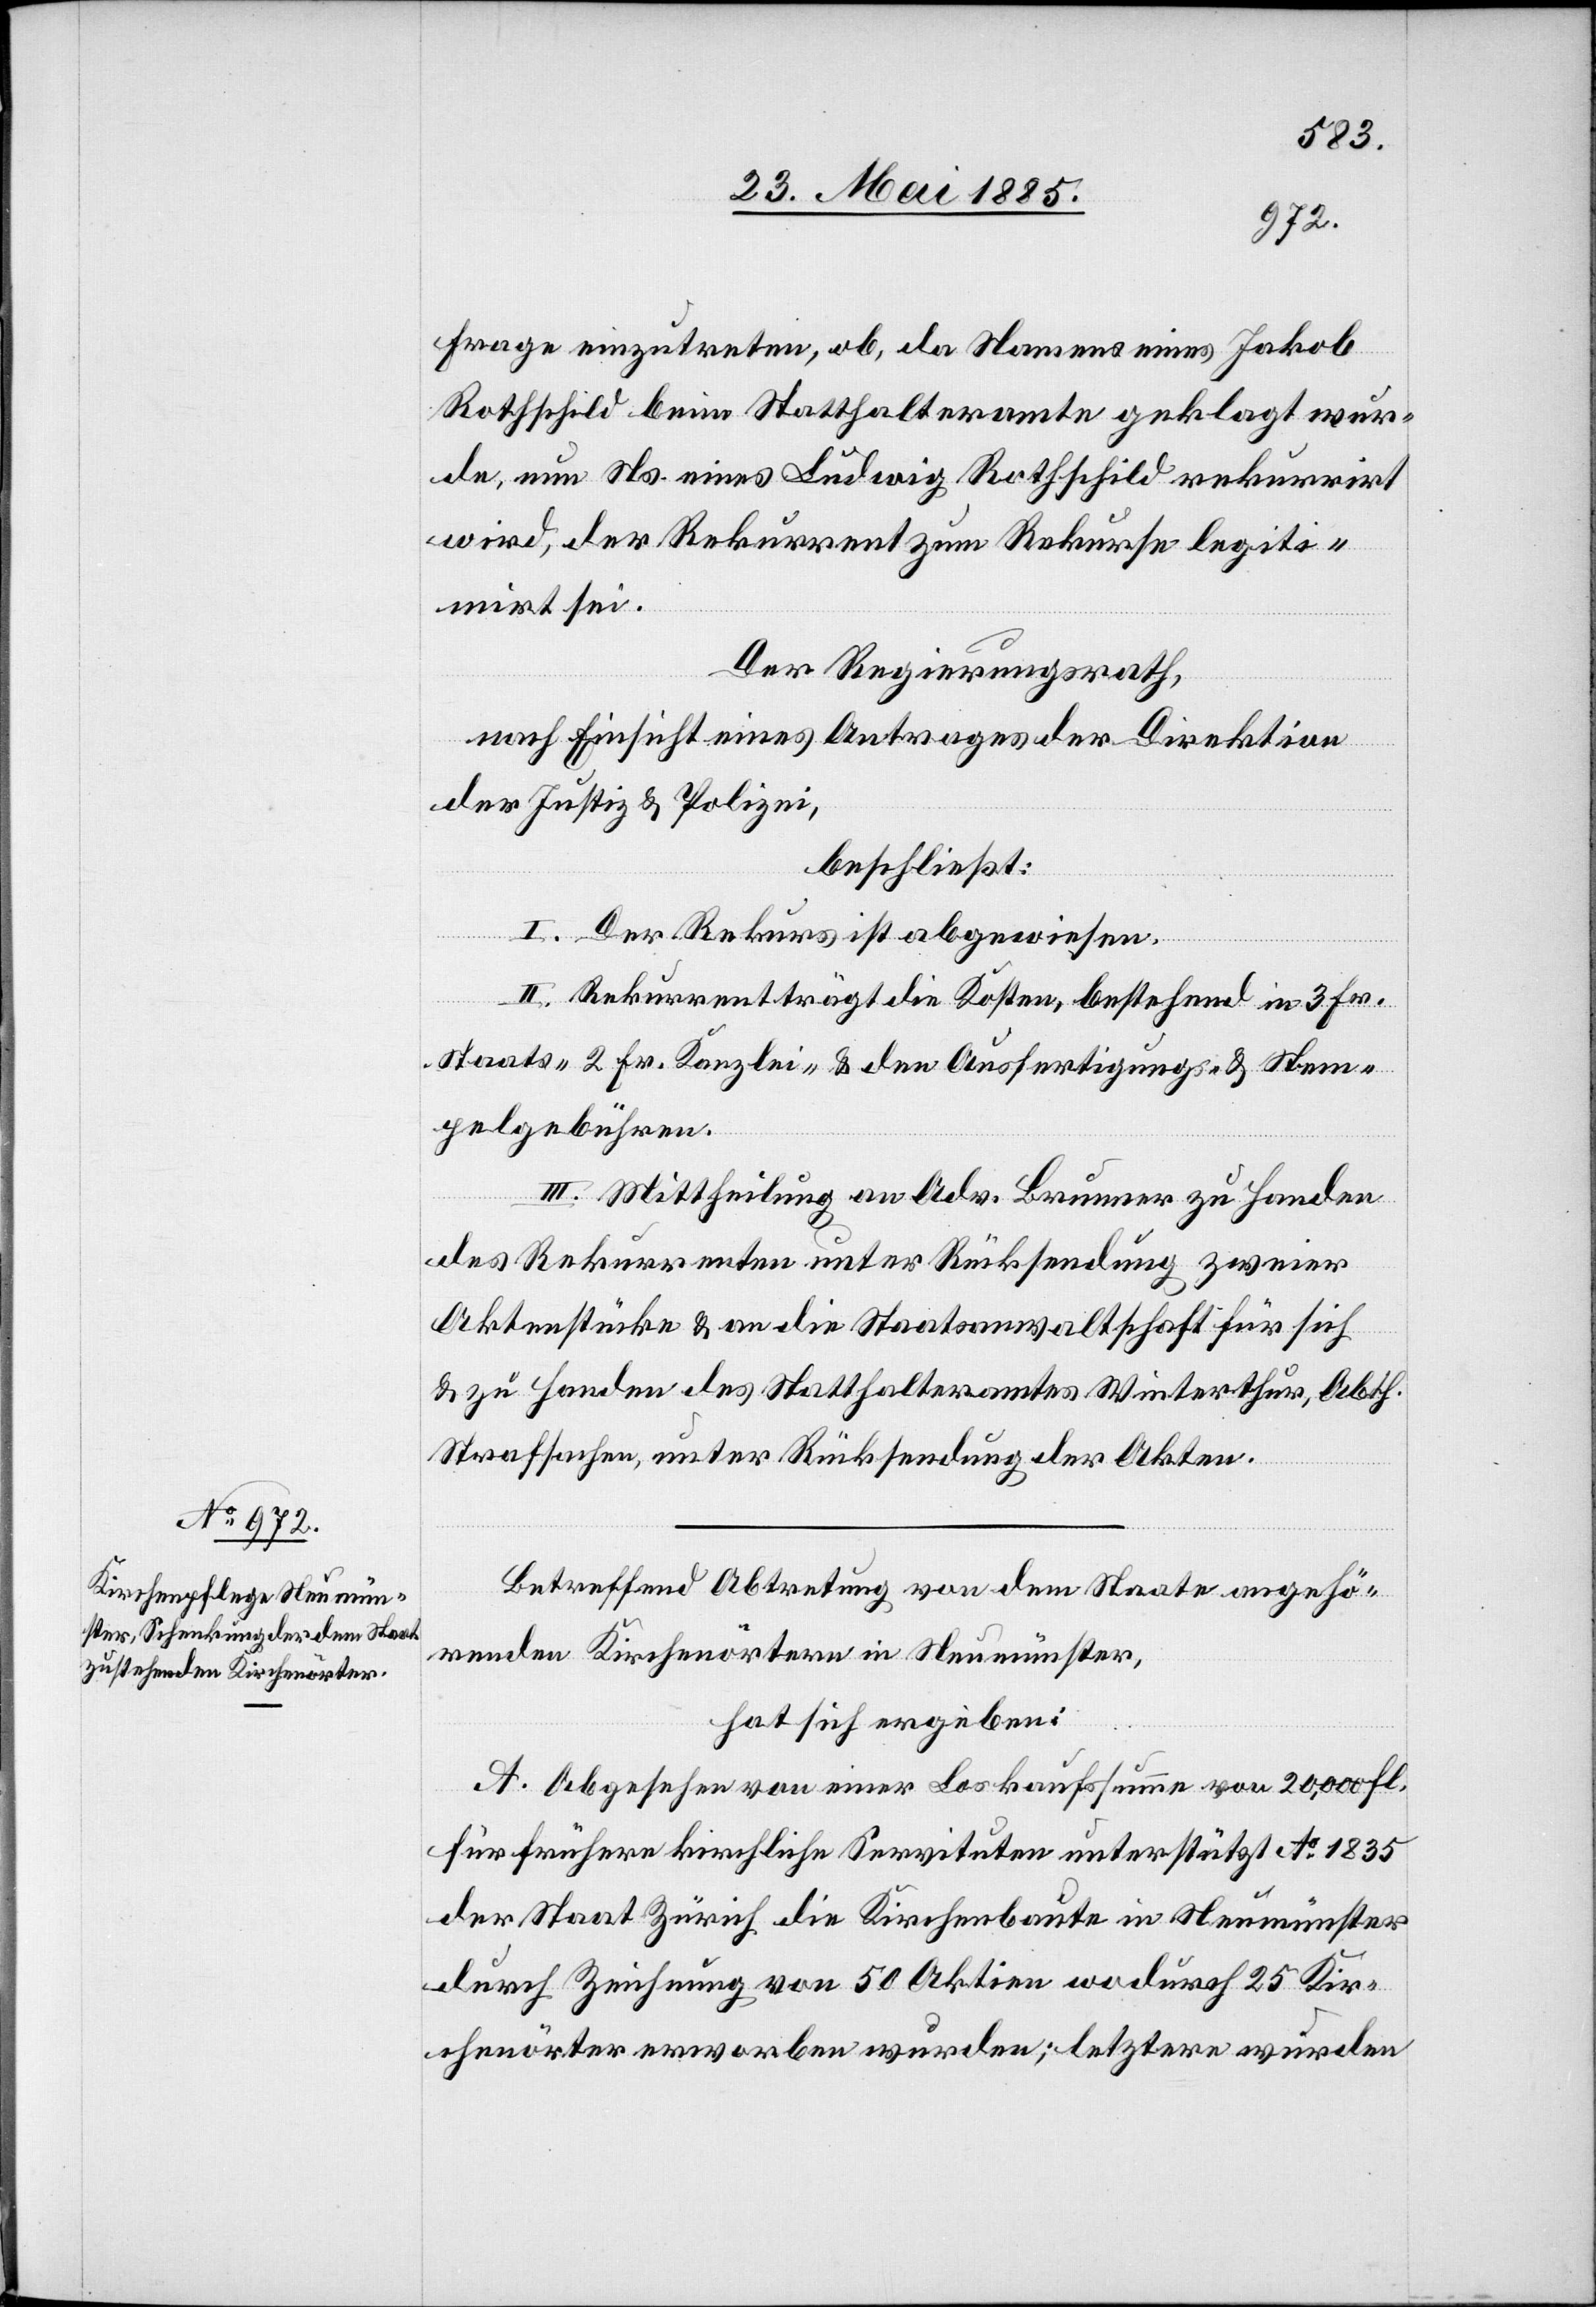
Frage einzutreten, ob, da Namens eines Jakob
Rothschild beim Statthalteramte geklagt wur¬
de, nun Ns. eines Ludwig Rothschild rekurrirt
wird, der Rekurrent zum Rekurse legiti¬
mirt sei.
Der Regierungsrath,
nach Einsicht eines Antrages der Direktion
der Justiz & Polizei,
beschließt:
I. Der Rekurs ist abgewiesen.
II. Rekurrent trägt die Kosten, bestehend in 3 Fr.
Staats-[,] 2 Fr. Kanzlei- & den Ausfertigungs- & Stem¬
pelgebühren.
III. Mittheilung an Adv. Brunner zu Handen
des Rekurrenten unter Rücksendung zweier
Aktenstücke & an die Staatsanwaltschaft für sich
& zu Handen des Statthalteramtes Winterthur, Abth.
Strafsachen, unter Rücksendung der Akten.
Betreffend Abtretung von dem Staate angehö¬
renden Kirchenörtern in Neumünster,
hat sich ergeben:
A. Abgesehen von einer Loskaufsumme von 20,000 Fl.
für frühere kirchliche Servituten unterstützt Ao 1835
der Staat Zürich die Kirchenbaute in Neumünster
durch Zeichnung von 50 Aktien wodurch 25 Kir¬
chenörter erworben wurden; letztere wurden